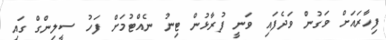
ފިހާރައަށް ވަގުން ވަދެފައި ވަނީ ފުރާޅުން ޓިނު ނެއްޓުމަށް ފަހު ސީލިންގް ގައި